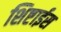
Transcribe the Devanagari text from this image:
शिष्टाईस